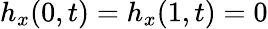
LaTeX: h_{x}(0,t)=h_{x}(1,t)=0